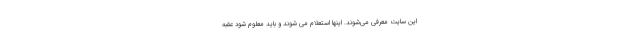
این سایت معرفی می‌شوند. اینها استعلام می شوند و باید معلوم شود عقبه